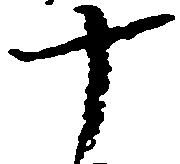
十